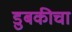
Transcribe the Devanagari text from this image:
डुबकीचा